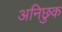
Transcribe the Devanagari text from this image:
अनिछुक